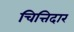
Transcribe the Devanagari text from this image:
चित्तिदार